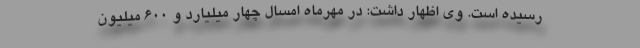
رسیده است. وی اظهار داشت: در مهرماه امسال چهار میلیارد و ۶۰۰ میلیون